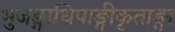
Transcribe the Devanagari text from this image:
भुजङ्गाधिपाङ्गीकृताङ्गा